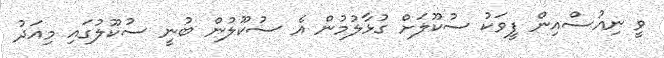
ވީ ނިއުސްއިން ފީވަކު ސުކޫލަށް ގުޅާލުމުން އެ ސުކޫލުން ބުނީ ސުކޫލުގައި މިއަދު